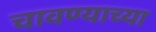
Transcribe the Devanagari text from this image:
चावण्याच्या